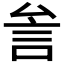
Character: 𰴨